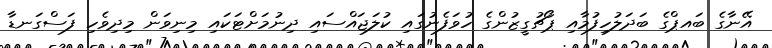
އޭނާގެ ބައޕްގެ ބަދަލުހިފުމާއި ޕޯޗުގީޒުންގެ ހުވަފެނުގައި ކުލަޖައްސައި ދިނުމަށްޓަކައި މިނިވަން މިދިވެހި ފަސްގަނޑާ